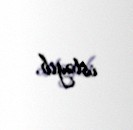
istəyib.